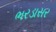
ભરડાસર